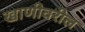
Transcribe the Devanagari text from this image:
खाणीवरील